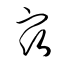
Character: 宿